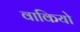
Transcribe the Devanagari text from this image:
वाकियो